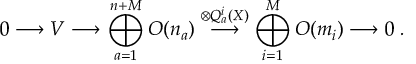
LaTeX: m _ { n _ { + } } = m _ { n _ { - } } = m _ { \Delta _ { n _ { + } } } = m _ { \Delta _ { n _ { - } } } ,